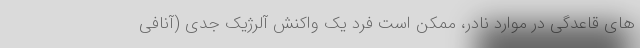
های قاعدگی در موارد نادر، ممکن است فرد یک واکنش آلرژیک جدی (آنافی